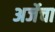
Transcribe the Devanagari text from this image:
अर्जेचा